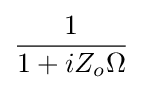
{\frac {1}{1+iZ_{o}\Omega }}